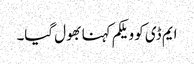
ایم ڈی کو ویلکم کہنا بھول گیا۔